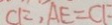
C F , A E = C F